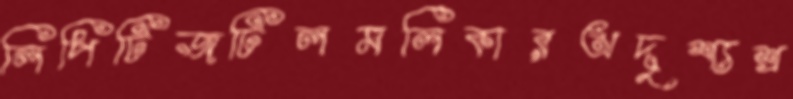
লিপিটিজটিলমলিকারঅদৃশ্যশ্র